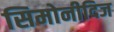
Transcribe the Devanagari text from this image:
सिमोनीदिज